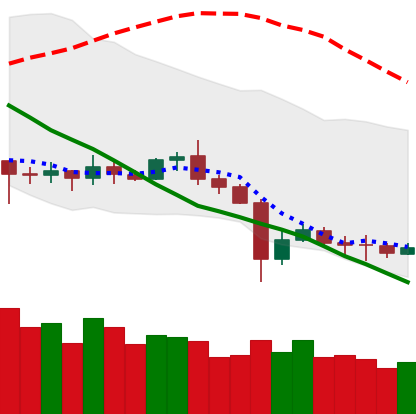
Ticker: ETC-USD
Chart end date: 2020-07-04
Forward return: 17.07%
Label: up_7plus